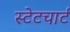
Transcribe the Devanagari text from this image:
स्टेटचार्ट